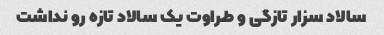
سالاد سزار تازگی و طراوت یک سالاد تازه رو نداشت